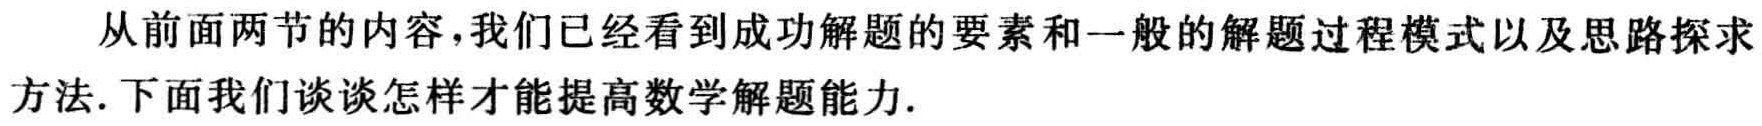
从前面两节的内容,我们已经看到成功解题的要素和一般的解题过程模式以及思路探求方法.下面我们谈谈怎样才能提高数学解题能力.